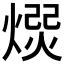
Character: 𭵯